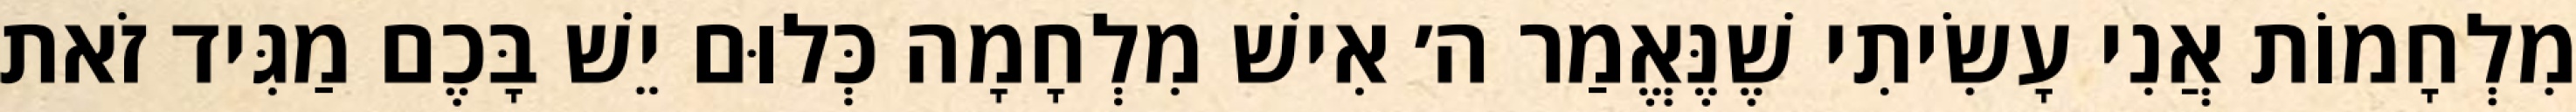
מִלְחָמוֹת אֲנִי עָשִׂיתִי שֶׁנֶּאֱמַר ה׳ אִישׁ מִלְחָמָה כְּלוּם יֵשׁ בָּכֶם מַגִּיד זֹאת